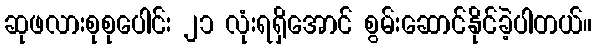
ဆုဖလားစုစုပေါင်း ၂၁ လုံးရရှိအောင် စွမ်းဆောင်နိုင်ခဲ့ပါတယ်။